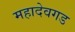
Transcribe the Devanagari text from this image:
महादेवगड